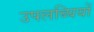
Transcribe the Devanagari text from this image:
उपलब्घियों